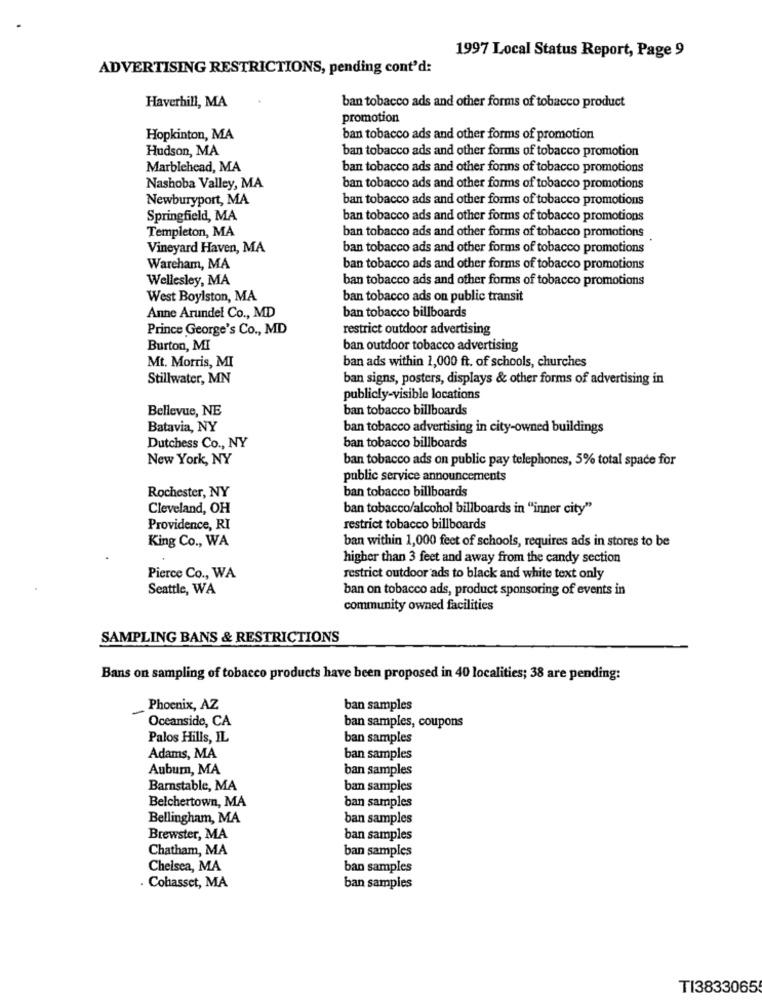
1997 Local Status Report, Page 9
ADVERTISING RESTRICTIONS, pending cont'd:
Haverhill, MA
ban tobacco ads and other forms of tobacco product
promotion
Hopkinton, MA
ban tobacco ads and other forms of promotion
Hudson, MA
ban tobacco ads and other forms of tobacco promotion
Marblehead, MA
ban tobacco ads and other forms of tobacco promotions
Nashoba Valley, MA
ban tobacco ads and other forms of tobacco promotions
Newburyport, MA
ban tobacco ads and other forms of tobacco promotions
Springfield, MA
ban tobacco ads and other forms of tobacco promotions
Templeton, MA
ban tobacco ads and other forms of tobacco promotions
Vineyard Haven, MA
ban tobacco ads and other forms of tobacco promotions
Wareham, MA
ban tobacco ads and other forms of tobacco promotions
Wellesley, MA
ban tobacco ads and other forms of tobacco promotions
West Boylston, MA
ban tobacco ads on public transit
Anne Arundel Co ., MD
ban tobacco billboards
Prince George's Co ., MD
restrict outdoor advertising
Burton, MI
ban outdoor tobacco advertising
ban ads within 1,000 ft. of schools, churches
Mt. Morris, MI
Stillwater, MN
ban signs, posters, displays & other forms of advertising in
publicly-visible locations
Bellevue, NE
ban tobacco billboards
Batavia, NY
ban tobacco advertising in city-owned buildings
ban tobacco billboards
Dutchess Co ., NY
New York, NY
ban tobacco ads on public pay telephones, 5% total space for
public service announcements
ban tobacco billboards
Rochester, NY
Cleveland, OH
ban tobacco/alcohol billboards in "inner city"
Providence, RI
restrict tobacco billboards
King Co ., WA
ban within 1,000 feet of schools, requires ads in stores to be
higher than 3 feet and away from the candy section
Pierce Co ., WA
restrict outdoor ads to black and white text only
Seattle, WA
ban on tobacco ads, product sponsoring of events in
community owned facilities
SAMPLING BANS & RESTRICTIONS
Bans on sampling of tobacco products have been proposed in 40 localities; 38 are pending:
-
Phoenix, AZ
ban samples
Oceanside, CA
ban samples, coupons
Palos Hills, IL
ban samples
Adams, MA
ban samples
Aubum, MA
ban samples
Barnstable, MA
ban samples
Belchertown, MA
ban samples
Bellingham, MA
ban samples
Brewster, MA
ban samples
Chatham, MA
ban samples
Chelsea, MA
ban samples
Cohasset, MA
ban samples
TI3833065